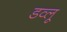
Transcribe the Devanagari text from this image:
डव्लू